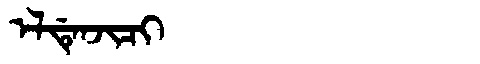
Manchu: ᡝᠯᡩᡝᠨᠵᡳᠴᡳ
Romanization: ELDENJICI